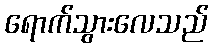
ရောက်သွားလေသည်